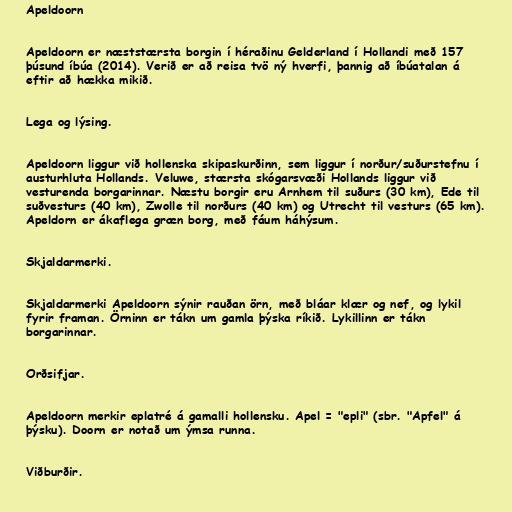
Apeldoorn

Apeldoorn er næststærsta borgin í héraðinu Gelderland í Hollandi með 157
þúsund íbúa (2014). Verið er að reisa tvö ný hverfi, þannig að íbúatalan á
eftir að hækka mikið.

Lega og lýsing.

Apeldoorn liggur við hollenska skipaskurðinn, sem liggur í norður/suðurstefnu í
austurhluta Hollands. Veluwe, stærsta skógarsvæði Hollands liggur við
vesturenda borgarinnar. Næstu borgir eru Arnhem til suðurs (30 km), Ede til
suðvesturs (40 km), Zwolle til norðurs (40 km) og Utrecht til vesturs (65 km).
Apeldorn er ákaflega græn borg, með fáum háhýsum.

Skjaldarmerki.

Skjaldarmerki Apeldoorn sýnir rauðan örn, með bláar klær og nef, og lykil
fyrir framan. Örninn er tákn um gamla þýska ríkið. Lykillinn er tákn
borgarinnar.

Orðsifjar.

Apeldoorn merkir eplatré á gamalli hollensku. Apel = "epli" (sbr. "Apfel" á
þýsku). Doorn er notað um ýmsa runna.

Viðburðir.